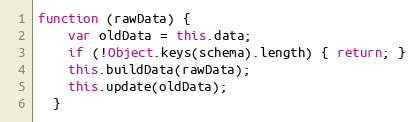
Language: JavaScript
function (rawData) {
    var oldData = this.data;
    if (!Object.keys(schema).length) { return; }
    this.buildData(rawData);
    this.update(oldData);
  }